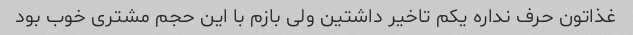
غذاتون حرف نداره یکم تاخیر داشتین ولی بازم با این حجم مشتری خوب بود